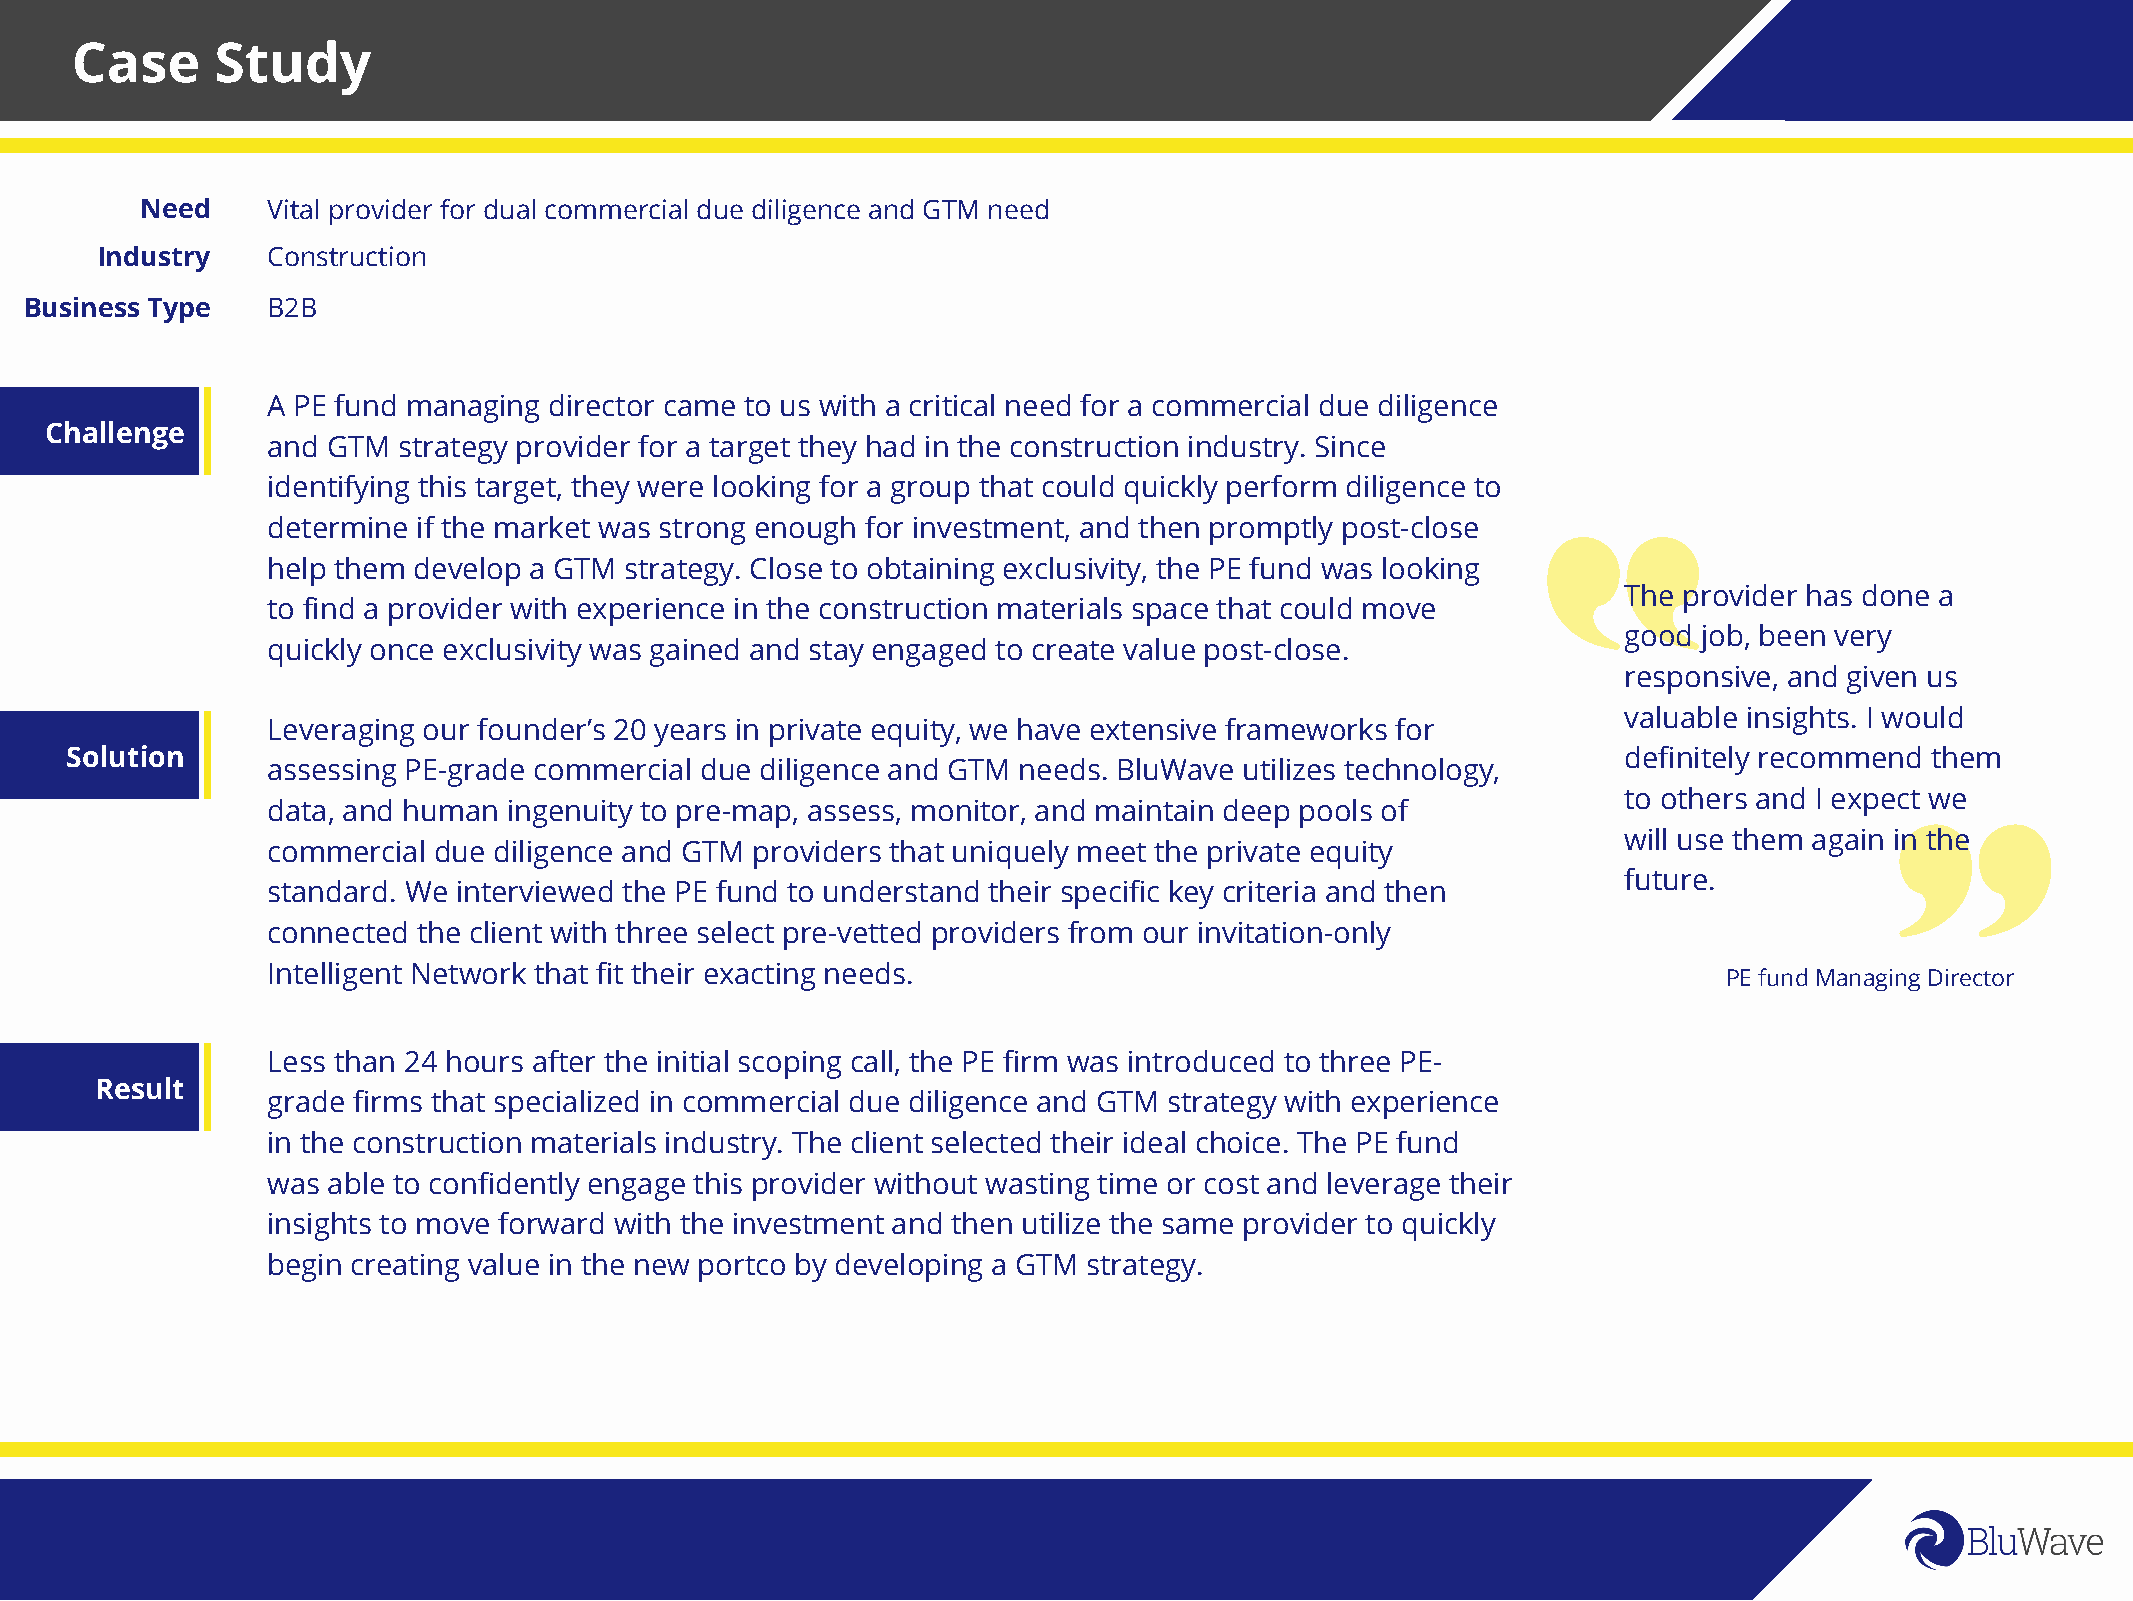
Case     Study
 Need     Vital provider for dual commercial due diligence and GTM need
 Industry    Construction
 Business Type   B2B
 A PE fund managing director came to us with a critical need for a commercial due diligence
 Challenge
 and GTM strategy provider for a target they had in the construction industry. Since
 identifying this target, they were looking for a group that could quickly perform diligence to
 determine if the market was strong enough for investment, and then promptly post-close
 help them develop a GTM strategy. Close to obtaining exclusivity, the PE fund was looking
 The provider has done a
 to find a provider with experience in the construction materials space that could move
 good job, been very
 quickly once exclusivity was gained and stay engaged to create value post-close.
 responsive, and given us
 valuable insights. I would
 Leveraging our founder’s 20 years in private equity, we have extensive frameworks for
 Solution                                                                                                definitely recommend them
 assessing PE-grade commercial due diligence and GTM needs. BluWave utilizes technology,
 to others and I expect we
 data, and human ingenuity to pre-map, assess, monitor, and maintain deep pools of
 will use them again in the
 commercial due diligence and GTM providers that uniquely meet the private equity
 future.
 standard. We interviewed the PE fund to understand their specific key criteria and then
 connected the client with three select pre-vetted providers from our invitation-only
 Intelligent Network that fit their exacting needs.
 PE fund Managing Director
 Less than 24 hours after the initial scoping call, the PE firm was introduced to three PE-
 Result
 grade firms that specialized in commercial due diligence and GTM strategy with experience
 in the construction materials industry. The client selected their ideal choice. The PE fund
 was able to confidently engage this provider without wasting time or cost and leverage their
 insights to move forward with the investment and then utilize the same provider to quickly
 begin creating value in the new portco by developing a GTM strategy.